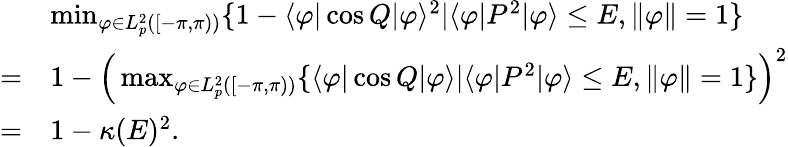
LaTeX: \begin{array}{rl}&{\operatorname*{min}_{\varphi\in L_{p}^{2}([-\pi,\pi))}\{ 1-\langle\varphi|\cos Q|\varphi\rangle^{2}|\langle\varphi|P^{2}|\varphi\rangle\le E,\| \varphi\| =1\} }\\ {=}&{1-\Big(\operatorname*{max}_{\varphi\in L_{p}^{2}([-\pi,\pi))}\{ \langle\varphi|\cos Q|\varphi\rangle|\langle\varphi|P^{2}|\varphi\rangle\le E,\| \varphi\| =1\} \Big)^{2}}\\ {=}&{1-\kappa(E)^{2}.}\end{array}